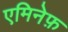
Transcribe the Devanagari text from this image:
एमिनेफ़